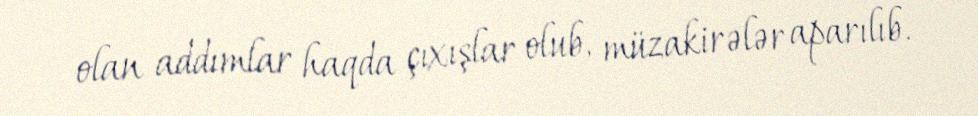
olan addımlar haqda çıxışlar olub, müzakirələr aparılıb.